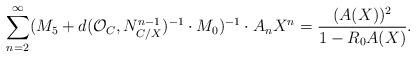
LaTeX: \begin{align*}\sum_{n=2}^\infty (M_5+d(\mathcal{O}_C, N_{C/X}^{n-1})^{-1}\cdot M_0)^{-1}\cdot A_nX^n=\frac{(A(X))^2}{1-R_0A(X)}. \end{align*}